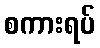
စကားရပ်